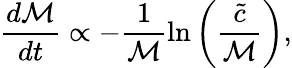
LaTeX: \frac{d\mathcal{M}}{dt}\propto-\frac{1}{\mathcal{M}}\ln\left(\frac{\tilde{c}}{\mathcal{M}}\right),